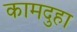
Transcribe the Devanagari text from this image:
कामदुहा